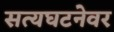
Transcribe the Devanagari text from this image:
सत्यघटनेवर